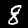
Digit: 8